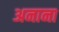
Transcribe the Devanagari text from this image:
अनाना